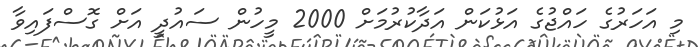
މި އަހަރުގެ ހައްޖުގެ އަޅުކަން އަދާކުރުމަށް 2000 މީހުން ސައުދީ އަށް ގޮސްފައިވާ